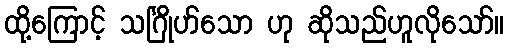
ထို့ကြောင့် သင်္ဂြိုဟ်သော ဟု ဆိုသည်ဟူလိုသော်။